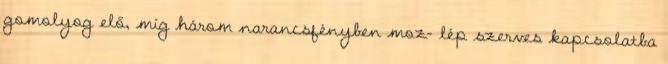
gomolyog elő, míg három narancsfényben moz- lép szerves kapcsolatba